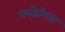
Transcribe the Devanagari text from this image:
फ्लोरिना